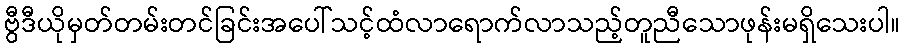
ဗွီဒီယိုမှတ်တမ်းတင်ခြင်းအပေါ်သင့်ထံလာရောက်လာသည့်တူညီသောဖုန်းမရှိသေးပါ။